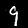
Digit: 9